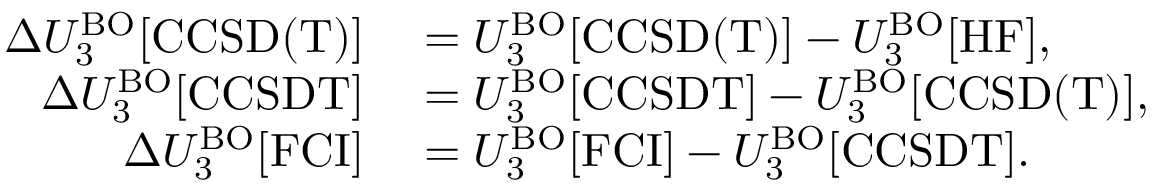
\begin{array} { r l } { \Delta U _ { 3 } ^ { \mathrm { B O } } [ \mathrm { C C S D ( T ) } ] } & { { } = U _ { 3 } ^ { \mathrm { B O } } [ \mathrm { C C S D ( T ) } ] - U _ { 3 } ^ { \mathrm { B O } } [ \mathrm { H F } ] , } \\ { \Delta U _ { 3 } ^ { \mathrm { B O } } [ \mathrm { C C S D T } ] } & { { } = U _ { 3 } ^ { \mathrm { B O } } [ \mathrm { C C S D T } ] - U _ { 3 } ^ { \mathrm { B O } } [ \mathrm { C C S D ( T ) } ] , } \\ { \Delta U _ { 3 } ^ { \mathrm { B O } } [ \mathrm { F C I } ] } & { { } = U _ { 3 } ^ { \mathrm { B O } } [ \mathrm { F C I } ] - U _ { 3 } ^ { \mathrm { B O } } [ \mathrm { C C S D T } ] . } \end{array}